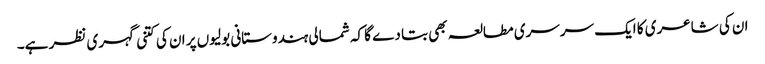
ان کی شاعری کا ایک سرسری مطالعہ بھی بتا دے گا کہ شمالی ہندوستانی بولیوں پر ان کی کتنی گہری نظر ہے۔